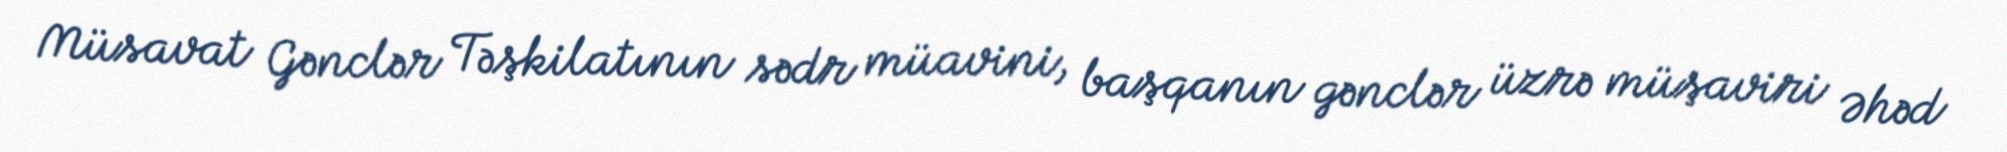
Müsavat Gənclər Təşkilatının sədr müavini, başqanın gənclər üzrə müşaviri Əhəd